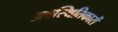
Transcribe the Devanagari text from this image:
अवस्थितिकारों